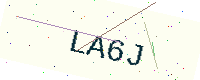
Text: LA6J